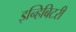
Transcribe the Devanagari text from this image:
इन्हिबिटरी